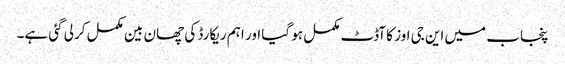
پنجاب میں این جی اوز کا آڈٹ مکمل ہو گیا اور اہم ریکارڈ کی چھان بین مکمل کرلی گئی ہے۔